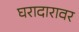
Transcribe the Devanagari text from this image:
घरादारावर